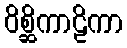
ဝိစ္ဆိကာဠိကာ